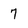
Character: 7